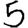
Digit: 5